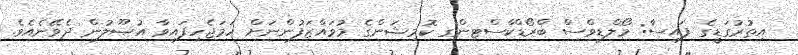
އިތުރުގަޑީގެ ފައިސާ: މޯލްޑިވްސް ބްރޯޑްކާސްޓިންގ ކޮމިޝަންގެ މުވައްޒަފުންނަށް ހަމަޖެހިފައިވާ އުޞޫލުން ދެވޭނެއެވެ.